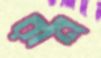
রান